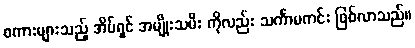
စကားများသည့် အိမ်ရှင် အမျိုးသမီး ကိုလည်း သင်္ကာမကင်း ဖြစ်လာသည်။